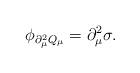
LaTeX: \begin{align*}\phi_{\partial^2_\mu Q_\mu}=\partial_\mu^2\sigma.\end{align*}